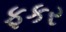
ફકર